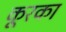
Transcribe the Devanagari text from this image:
कूरका